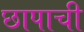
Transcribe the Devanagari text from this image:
छापाची